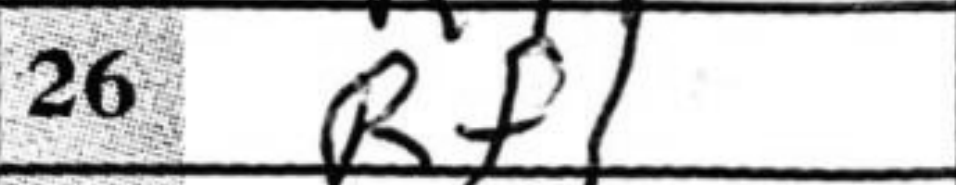
Transcription: Rf1